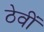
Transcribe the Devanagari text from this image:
ठेवीं